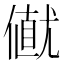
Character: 𠎟